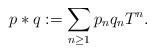
LaTeX: \begin{align*}p\ast q:=\sum_{n \geq 1}p_n q_nT^n.\end{align*}